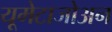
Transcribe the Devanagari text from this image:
यूमेटाजोअन